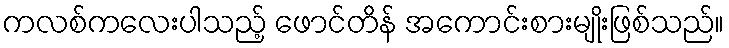
ကလစ်ကလေးပါသည့် ဖောင်တိန် အကောင်းစားမျိုးဖြစ်သည်။